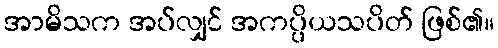
အာမိသက အပ်လျှင် အကပ္ပိယသပိတ် ဖြစ်၏။